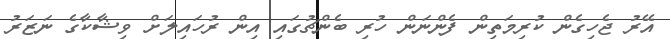
އޭރު ޖެހިގެން ކުރިމަތިން ފެންނަން ހުރި ބެންޗުގައި އިން ރުހައިލަށް ވިޝާކާގެ ނަޒަރު